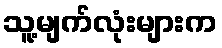
သူ့မျက်လုံးများက